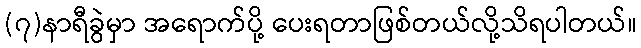
(၇)နာရီခွဲမှာ အရောက်ပို့ ပေးရတာဖြစ်တယ်လို့သိရပါတယ်။